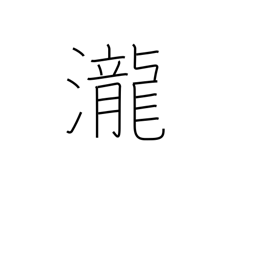
Meaning: rapids